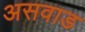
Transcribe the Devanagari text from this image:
असवाड